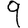
Digit: 9